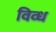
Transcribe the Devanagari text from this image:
विव्ध